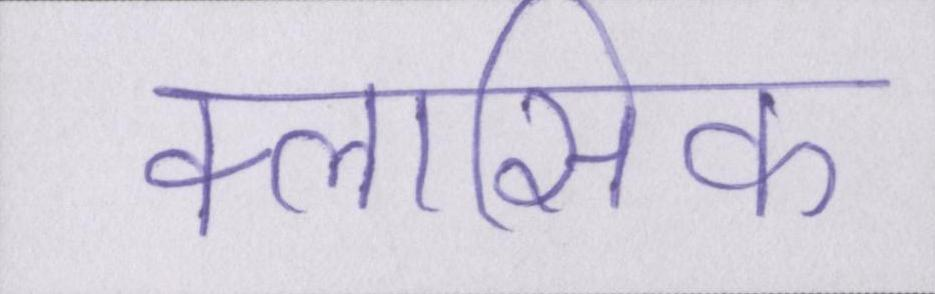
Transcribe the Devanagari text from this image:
क्लासिक